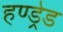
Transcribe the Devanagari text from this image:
हण्ड्रेड